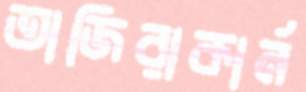
তাজিরাকার্ন